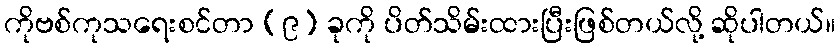
ကိုဗစ်ကုသရေးစင်တာ (၉) ခုကို ပိတ်သိမ်းထားပြီးဖြစ်တယ်လို့ ဆိုပါတယ်။